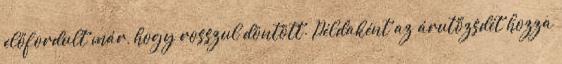
előfordult már, hogy rosszul döntött. Példaként az árutőzsdét hozza